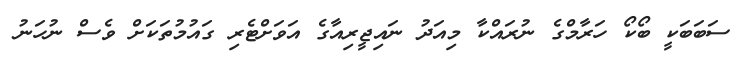
ސަބަބަކީ ބޯކޯ ހަރާމްގެ ނުރައްކާ މިއަދު ނައިޖީރިއާގެ އަވަށްޓެރި ގައުމުތަކަށް ވެސް ނުހަނު